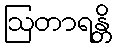
ဩတာရန္တိ